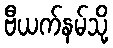
ဗီယက်နမ်သို့